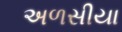
અળસીયા